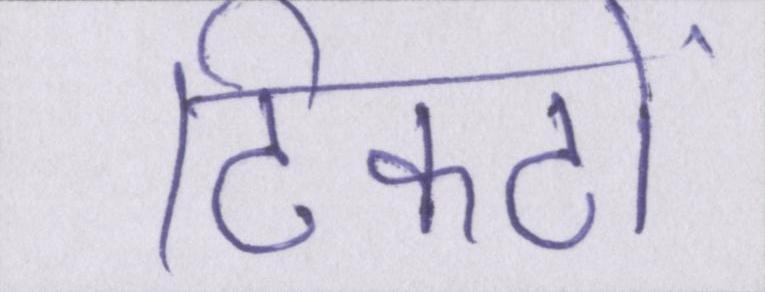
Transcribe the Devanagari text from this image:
टिकटों